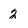
Character: 2